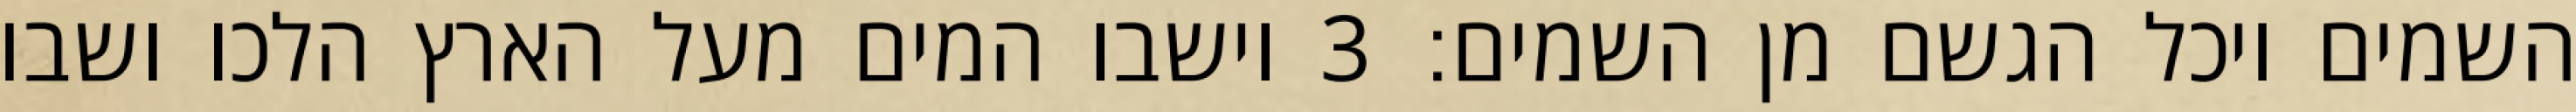
השמים ויכל הגשם מן השמים׃ ‎3‏ וישבו המים מעל הארץ הלכו ושבו